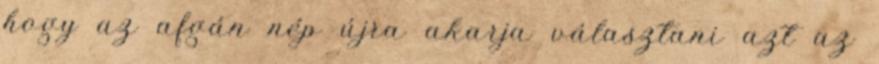
hogy az afgán nép újra akarja választani azt az